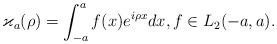
LaTeX: \begin{gather*}\varkappa_a(\rho) = \int_{-a}^{a} f(x)e^{i\rho x} dx, f \in L_2(-a, a).\end{gather*}